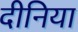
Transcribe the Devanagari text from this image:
दीनिया